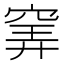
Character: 𥦌